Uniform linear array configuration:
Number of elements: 4
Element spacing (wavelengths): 0.25
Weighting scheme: hamming
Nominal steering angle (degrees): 60
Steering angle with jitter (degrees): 59.505
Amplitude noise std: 0.05
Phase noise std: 0.05

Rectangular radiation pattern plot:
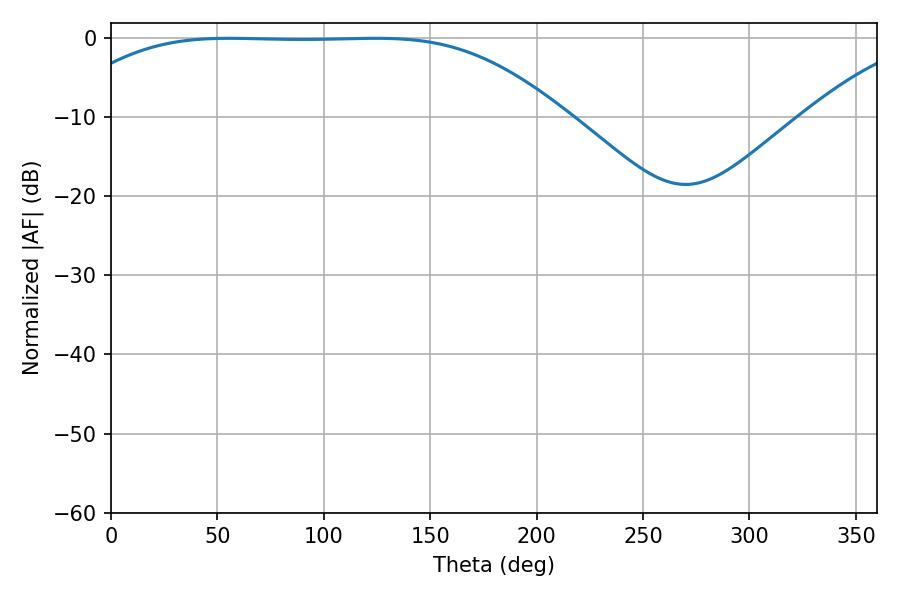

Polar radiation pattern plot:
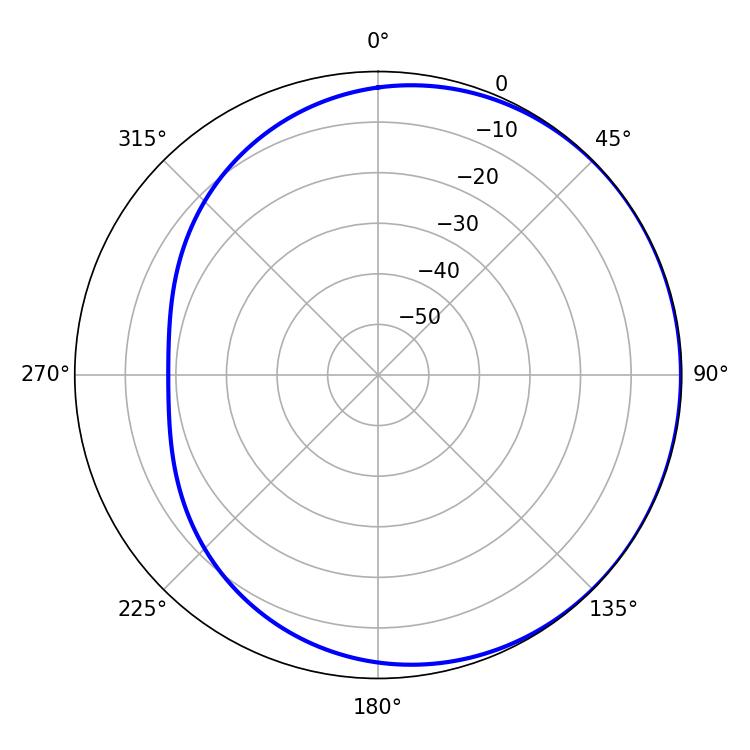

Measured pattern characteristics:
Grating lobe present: FALSE
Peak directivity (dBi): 0.5459
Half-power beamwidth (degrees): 177.48
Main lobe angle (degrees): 55.62